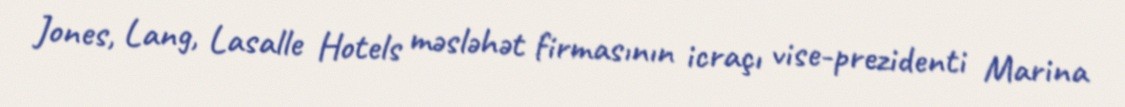
Jones, Lang, Lasalle Hotels məsləhət firmasının icraçı vise-prezidenti Marina